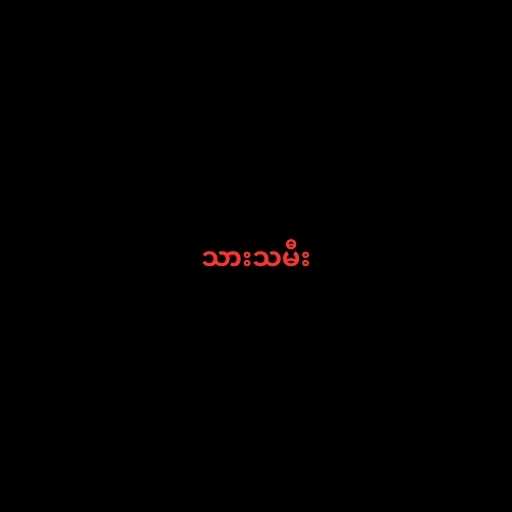
သားသမီး